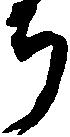
ち